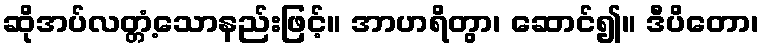
ဆိုအပ်လတ္တံ့သောနည်းဖြင့်။ အာဟရိတွာ၊ ဆောင်၍။ ဒီပိတော၊